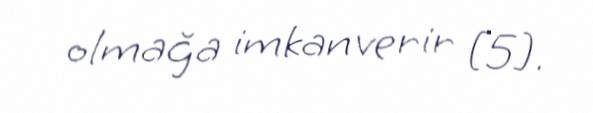
olmağa imkan verir [5].